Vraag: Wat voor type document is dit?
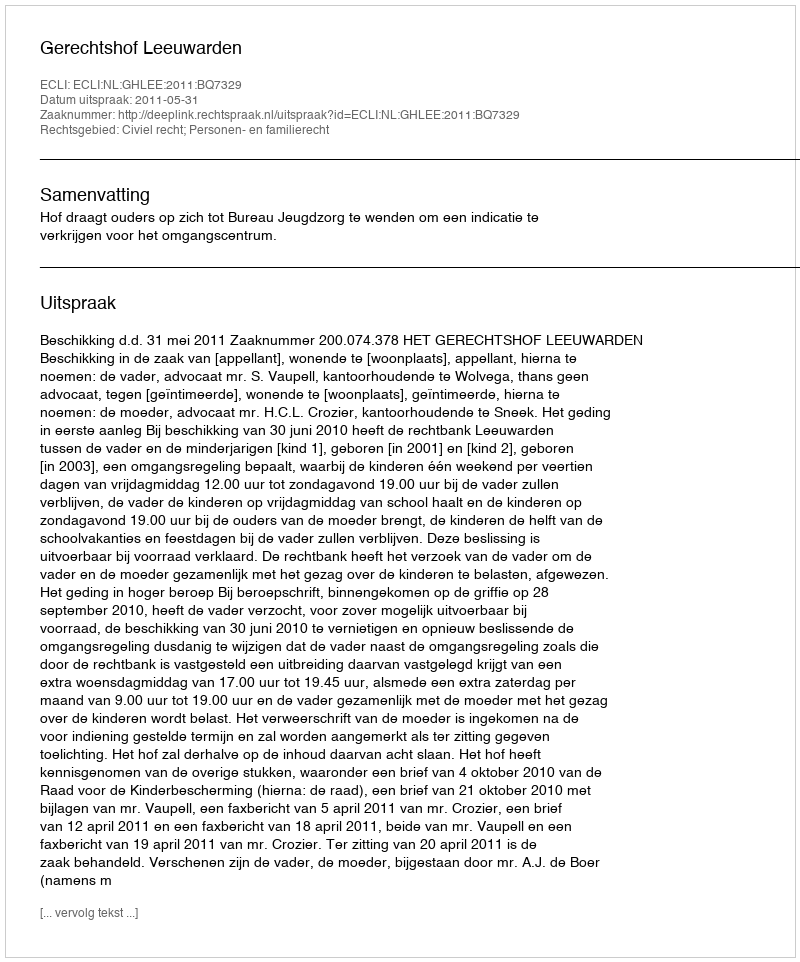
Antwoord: Uitspraak